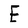
Character: E